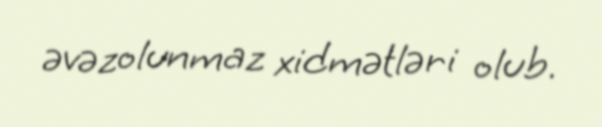
əvəzolunmaz xidmətləri olub.